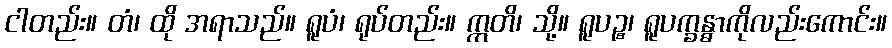
ငါတည်း။ တံ၊ ထို အရာသည်။ ရူပံ၊ ရုပ်တည်း။ ဣတိ၊ သို့။ ရူပဉ္စ၊ ရူပက္ခန္ဓာကိုလည်းကောင်း။